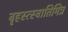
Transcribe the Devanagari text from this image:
बृहस्त्स्वातिमित्र